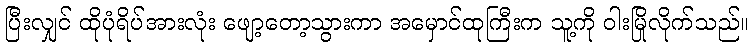
ပြီးလျှင် ထိုပုံရိပ်အားလုံး ဖျော့တော့သွားကာ အမှောင်ထုကြီးက သူ့ကို ဝါးမြိုလိုက်သည်။